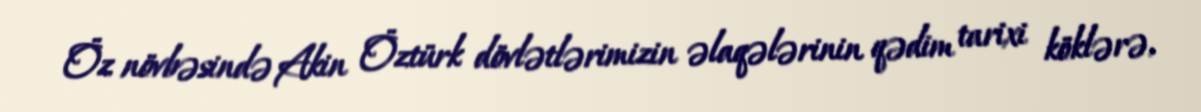
Öz növbəsində Akin Öztürk dövlətlərimizin əlaqələrinin qədim tarixi köklərə,